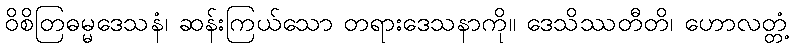
ဝိစိတြဓမ္မဒေသနံ၊ ဆန်းကြယ်သော တရားဒေသနာကို။ ဒေသိဿတီတိ၊ ဟောလတ္တံ့